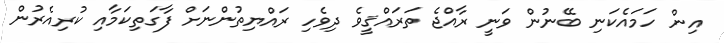
އިން ހަމައެކަނި ބޭނުން ވަނީ ރާއްޖެ ތަރައްޤީވެ ދިވެހި ރައްޔިތުންނަށް ފާގަތިކަމާއި ކުރިއެރުން